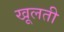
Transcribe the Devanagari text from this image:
खूलती